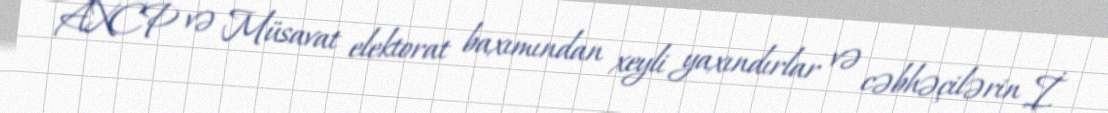
AXCP və Müsavat elektorat baxımından xeyli yaxındırlar və cəbhəçilərin İ.